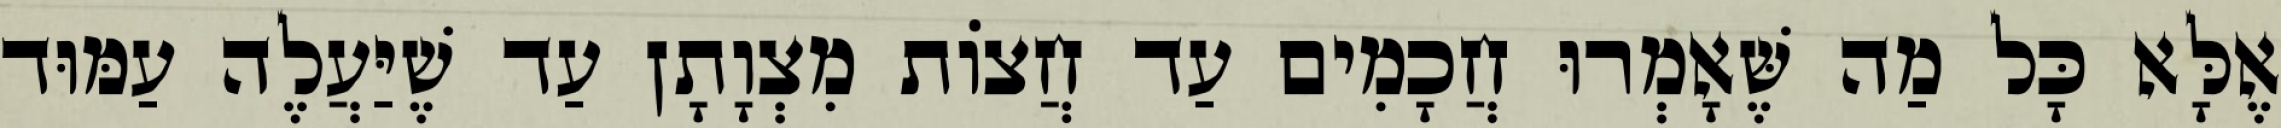
אֶלָּא כָּל מַה שֶּׁאָמְרוּ חֲכָמִים עַד חֲצוֹת מִצְוָתָן עַד שֶׁיַּעֲלֶה עַמּוּד